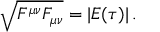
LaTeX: \sqrt { F ^ { \mu \nu } F _ { \mu \nu } } = \vert E ( \tau ) \vert \, .